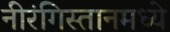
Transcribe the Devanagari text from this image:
नीरंगिस्तानमध्ये